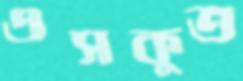
এসকুত